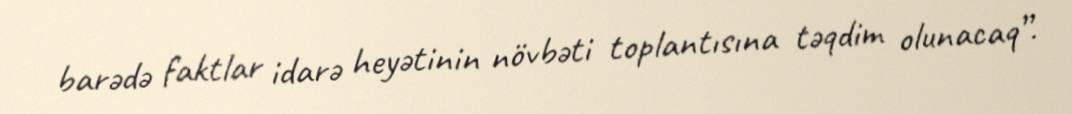
barədə faktlar idarə heyətinin növbəti toplantısına təqdim olunacaq”.